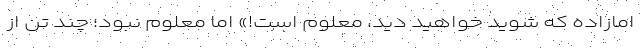
امازاده که شوید خواهید دید، معلوم است!» اما معلوم نبود؛ چند تن از